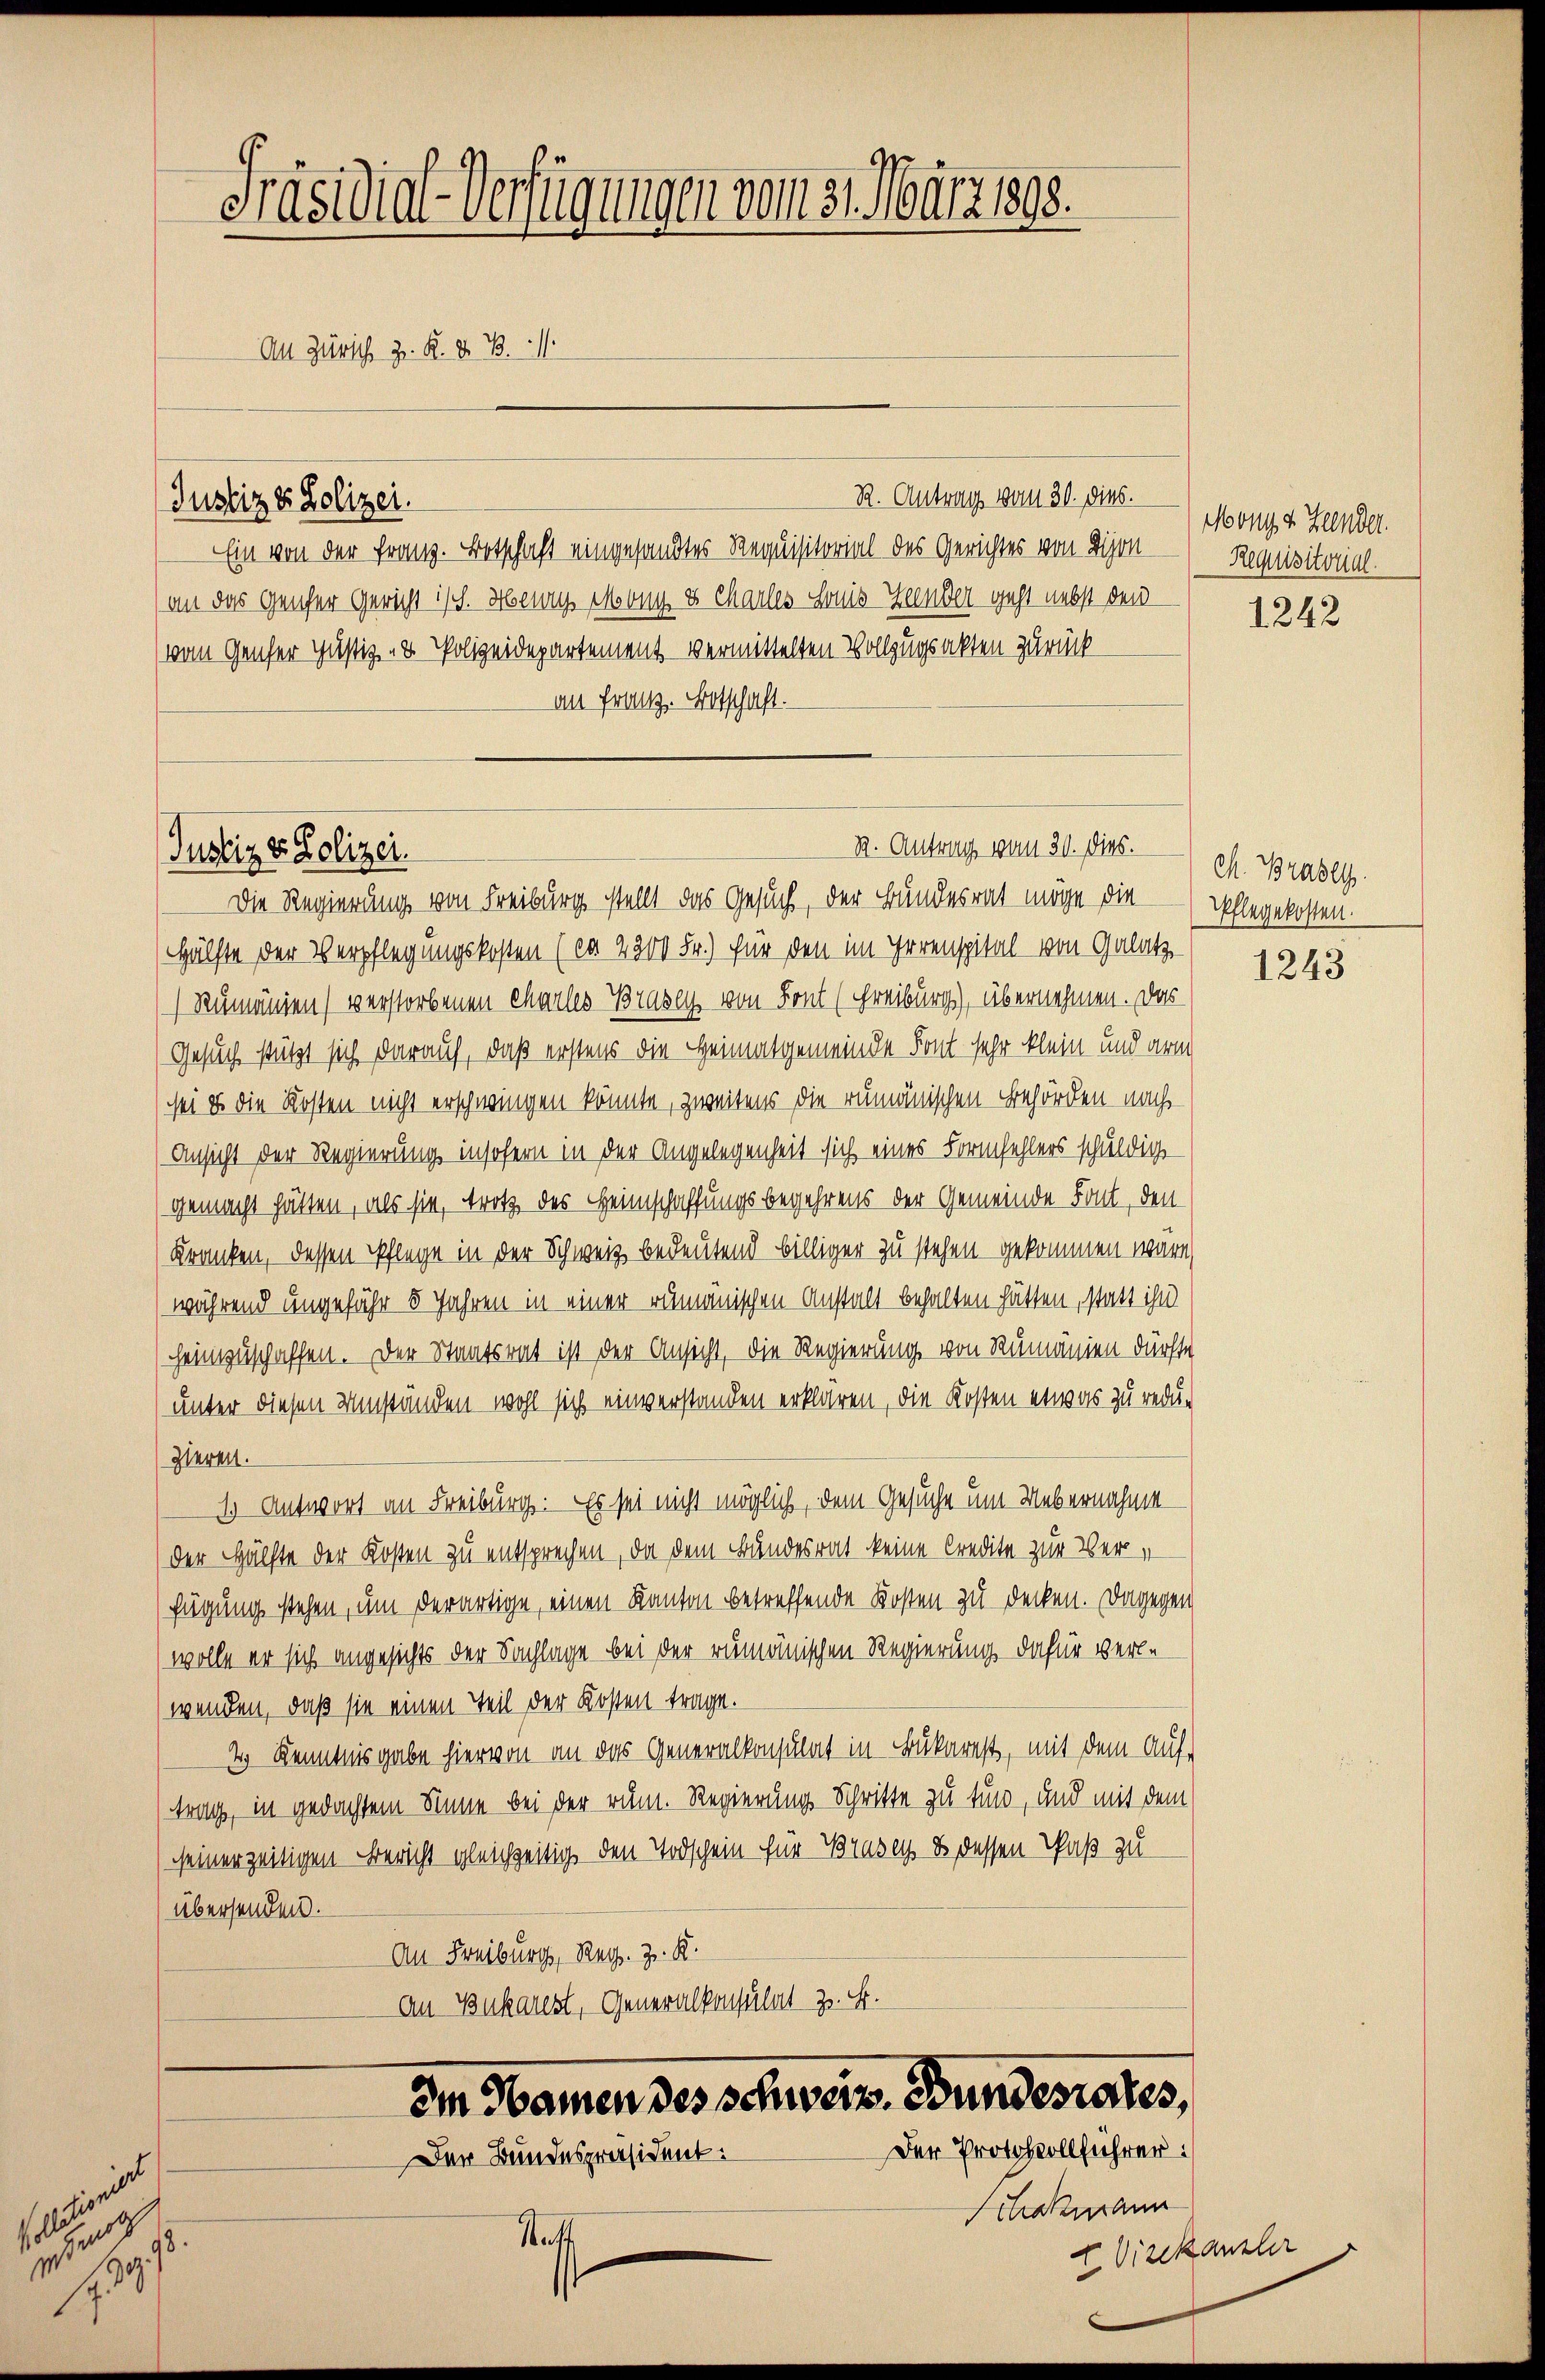
s
e
He

Präsidial-Verfügungen vom 31. März 1898.
An Zürich z. B. d. B.

R. Antrag vom 30. dies.
Ein von der Franz. Botschaft eingesandtes Requisitorial des Gerichtes von Bijon
(an das Genfer Gericht isch. Henry Mony u. Charles Honis Zeender geht nebst den
vom Genfer Justiz- & Polizeidepartement vermittelten Vollzugsakten zurück
an Franz. Botschaft.

Justiz & Polizei.

Justiz v. Polizei.

B. Antrag vom 30. Dies.

Die Regierung von Freiburg stellt das Gesuch, der Bundesrat möge die pflegekosten.
Hälfte der Verpflegungskosten (ca 2200 Fr.) für den im Irrenspital - von Galatz
Rumänien) verstorbenen Charles Brasey, von Sont (Schreiburg), übernehmen. Das
Gesuch stützt sich darauf, daß erstens die Heimatgemeinde Font sehr klein und arm
sei es die Kosten nicht erschwingen könnte, zweitens die rumänischen Behörden nach
Ansicht der Regierung insofern in der Angelegenheit sich eines Formfehlers schuldig
gemacht hätten, als sie, trotz des Heimschaffungsbegehrens der Gemeinde Font, den
Kranken, dessen Pflege in der Schweiz bedeutend billiger zu stehen gekommen wäre,
während ungefähr 5 Jahren in einer rumänischen Anstalt behalten hätten, statt ihn
heimzuschaffen. Der Staatsrat ist der Ansicht, die Regierung von Rumänien dürfte
unter diesen Umständen wohl sich einverstanden erklären, die Kosten etwas zu reduzieren.
1) Antwort an Freiburg. Es sei nicht möglich, dem Gesuche um Uebernahme
der Hälfte der Kosten zu entsprechen, da dem Bundesrat keine Credite zur Ver-
fügung stehen, um derartige, einen Kanton betreffende Kosten zu decken. Dagegen
wolle er sich angesichts der Sachlage bei der rumänischen Regierung dafür verle
wenden, daß sie einen Teil der Kosten trage.
2 Kenntnisgabe hiervon an das Generalkonsulat in Bukarest, mit dem Auf-
trag, in gedachtem Sinne bei der rum. Regierung Schritte zu tun, und mit dem
seinerzeitigen Bericht gleichzeitig den Todschein für Brases & dessen Paß zu
übersenden.
An Freiburg, Reg. Z. K.
An Bukarest, Generalkonsulat z. B.
im Namen des Schweiz. Bundesrates,
Der Protokollführer
Der Bundespräsident:
Sitrokmann
Statt

.
.

Mony v. Haender.
Requisitorial.

1242

M. Brasey.

1243

u Direkanzler